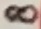
Text: 8